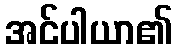
အင်ပါယာ၏